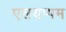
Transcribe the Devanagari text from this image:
एलयप्पम